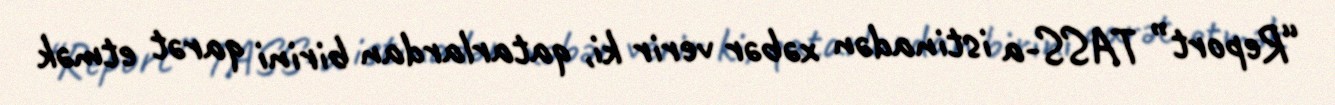
“Report” TASS-a istinadən xəbər verir ki, qatarlardan birini qarət etmək